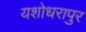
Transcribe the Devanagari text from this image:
यशोधरापुर